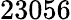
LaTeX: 23056